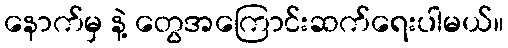
နောက်မှ နဲ့ တွေအကြောင်းဆက်ရေးပါမယ်။